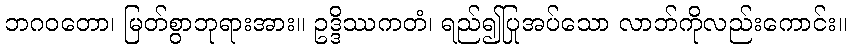
ဘဂဝတော၊ မြတ်စွာဘုရားအား။ ဥဒ္ဒိဿကတံ၊ ရည်၍ပြုအပ်သော လာဘ်ကိုလည်းကောင်း။